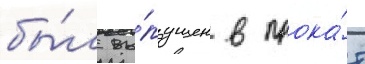
бы́л вы́пущен в прока́т